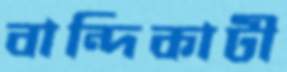
বান্দিকাটী